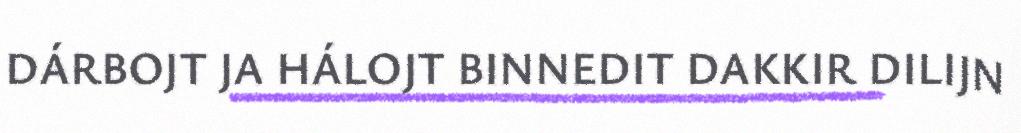
DÁRBOJT JA HÁLOJT BINNEDIT DAKKIR DILIJN